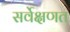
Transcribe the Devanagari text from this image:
सर्वेक्षणत